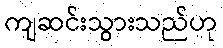
ကျဆင်းသွားသည်ဟု